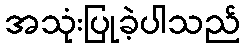
အသုံးပြုခဲ့ပါသည်